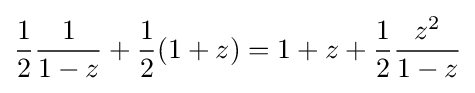
{\frac {1}{2}}{\frac {1}{1-z}}+{\frac {1}{2}}(1+z)=1+z+{\frac {1}{2}}{\frac {z^{2}}{1-z}}